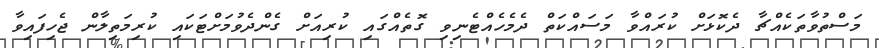
މަސްތުވާތަކެއްޗާ ދެކޮޅަށް ކުރައްވާ މަސައްކަތް ދެމެހެއްޓެނިވި ގޮތެއްގައި ކުރިއަށް ގެންދެވުމަށްޓަކައި ކުރިމަތިލާން ޖެހިފައިވާ